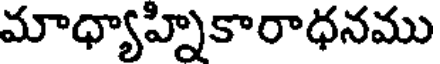
మాధ్యాహ్నికారాధనము